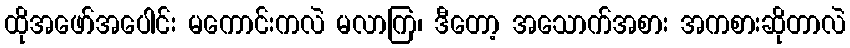
ထိုအဖော်အပေါင်း မကောင်းကလဲ မလာကြ၊ ဒီတော့ အသောက်အစား အကစားဆိုတာလဲ